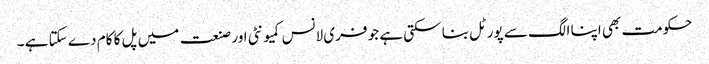
حکومت بھی اپنا الگ سے پورٹل بنا سکتی ہے جو فری لانس کمیونٹی اور صنعت میں پل کا کام دے سکتا ہے ۔